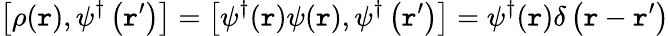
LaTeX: \left[\rho(\mathtt{r}),\psi^{\dagger}\left(\mathtt{r}^{\prime}\right)\right]=\left[\psi^{\dagger}(\mathtt{r})\psi(\mathtt{r}),\psi^{\dagger}\left(\mathtt{r}^{\prime}\right)\right]=\psi^{\dagger}(\mathtt{r})\delta\left(\mathtt{r}-\mathtt{r}^{\prime}\right)